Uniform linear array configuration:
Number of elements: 24
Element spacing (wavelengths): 0.75
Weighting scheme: binomial
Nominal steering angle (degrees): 0
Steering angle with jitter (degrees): -0.8901
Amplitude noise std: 0.05
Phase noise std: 0.05

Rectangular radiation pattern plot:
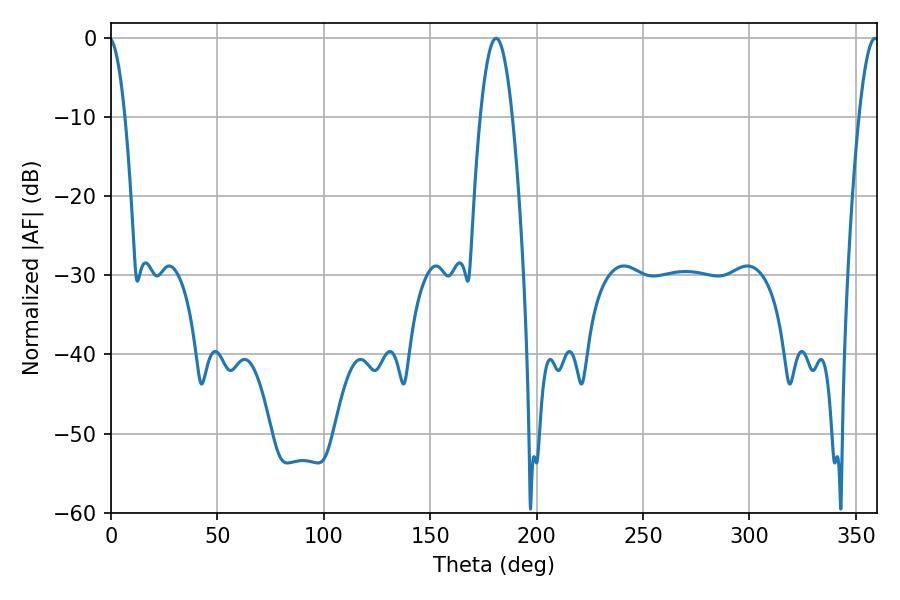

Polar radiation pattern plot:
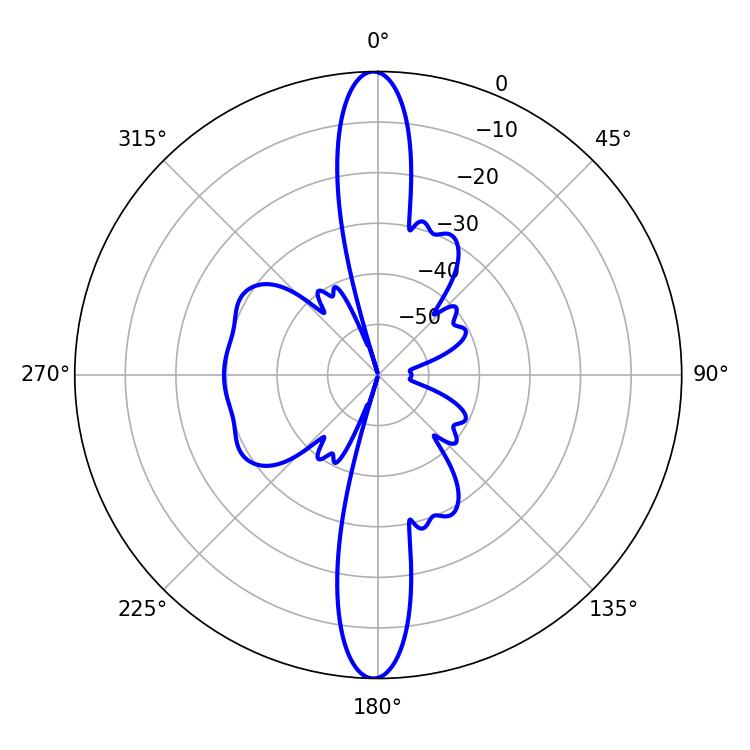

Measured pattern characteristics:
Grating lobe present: TRUE
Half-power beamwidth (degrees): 8.1
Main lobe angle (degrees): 180.9